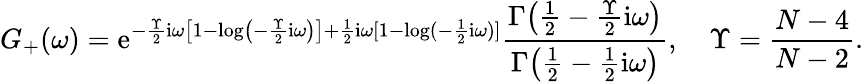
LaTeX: G_{+}(\omega)=\mathrm{e}^{-\frac{\Upsilon}{2}\mathrm{i}\omega\left[1-\log\left(-\frac{\Upsilon}{2}\mathrm{i}\omega\right)\right]+\frac{1}{2}\mathrm{i}\omega[1-\log(-\frac{1}{2}\mathrm{i}\omega)]}\frac{\Gamma\big(\frac{1}{2}-\frac{\Upsilon}{2}\mathrm{i}\omega\big)}{\Gamma\big(\frac{1}{2}-\frac{1}{2}\mathrm{i}\omega\big)},\quad\Upsilon=\frac{N-4}{N-2}.